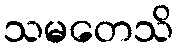
သမတေသိ